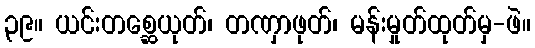
၃၉။ ယင်းတစ္ဆေယုတ်၊ တဏှာဖုတ်၊ မန်းမှုတ်ထုတ်မှ-ဖဲ။